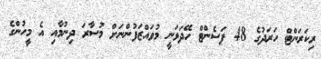
ރިކަރަންޓް ހަރަދުގެ 48 ޕަސެންޓް ހޭދަވަނީ މުވައްޒަފުންނަށް މުސާރަ ދިނުމާއި އެ މީހުންގެ